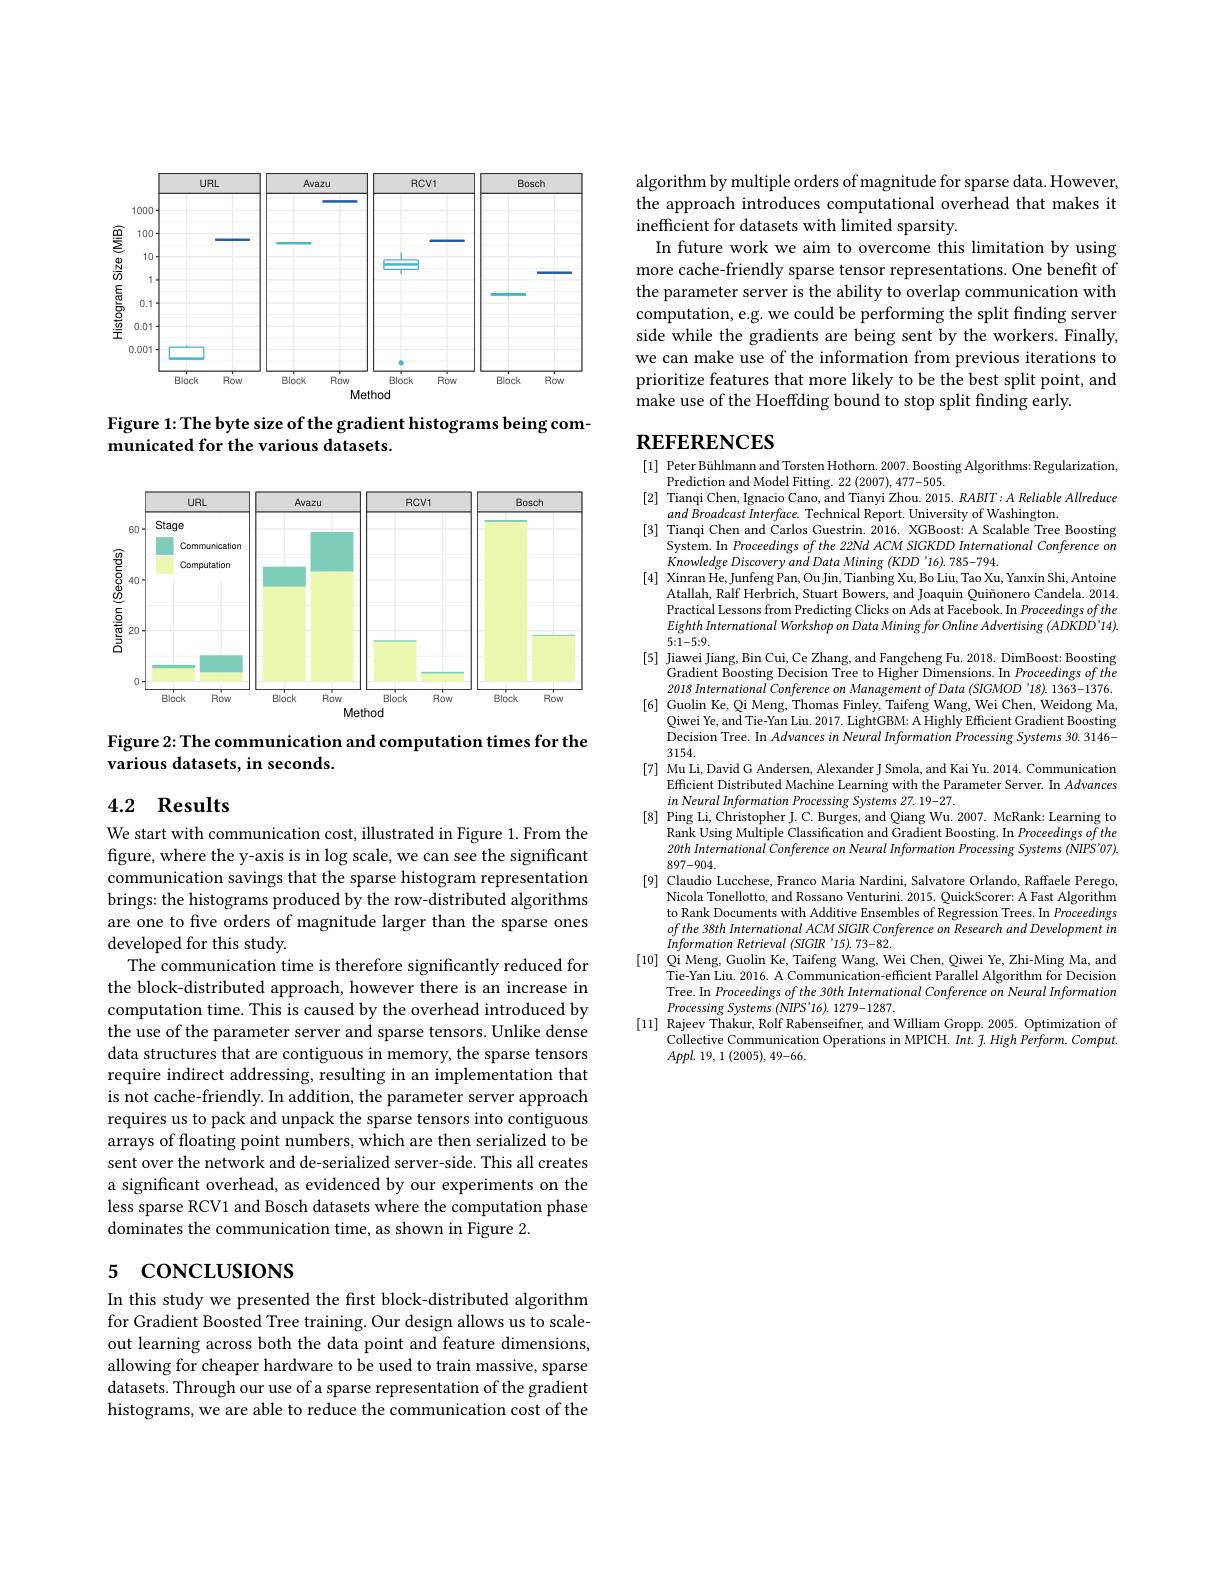
<FigureHere>

Figure 1: The byte size of the gradient histograms being com-
municated for the various datasets.

<FigureHere>

Figure 2: The communication and computation times for the
various datasets, in seconds.

# 4.2 Results

We start with communication cost, illustrated in Figure 1. From the figure, where the y-axis is in log scale, we can see the significant communication savings that the sparse histogram representation brings: the histograms produced by the row-distributed algorithms are one to five orders of magnitude larger than the sparse ones developed for this study.
The communication time is therefore significantly reduced for the block-distributed approach, however there is an increase in computation time. This is caused by the overhead introduced by the use of the parameter server and sparse tensors. Unlike dense data structures that are contiguous in memory, the sparse tensors require indirect addressing, resulting in an implementation that is not cache-friendly. In addition, the parameter server approach requires us to pack and unpack the sparse tensors into contiguous arrays of floating point numbers, which are then serialized to be sent over the network and de-serialized server-side. This all creates a significant overhead, as evidenced by our experiments on the less sparse RCV1 and Bosch datasets where the computation phase dominates the communication time, as shown in Figure 2.

# 5 concLUSIONS

In this study we presented the frst block-distributed algorithm for Gradient Boosted Tree training. Our design allows us to scaleout learning across both the data point and feature dimensions, allowing for cheaper hardware to be used to train massive, sparse datasets. Through our use of a sparse representation of the gradient histograms, we are able to reduce the communication cost of the

algorithm by multiple orders of magnitude for sparse data. However, the approach introduces computational overhead that makes it inefficient for datasets with limited sparsity.
In future work we aim to overcome this limitation by using more cache-friendly sparse tensor representations. One benefit of the parameter server is the ability to overlap communication with $\dot{\text{computation, e.g. we could be performing the split finding server}}$ side while the gradients are being sent by the workers. Finally, we can make use of the information from previous iterations to prioritize features that more likely to be the best split point, and make use of the Hoeffding bound to stop split finding early.

# REFERENCES

[1] Peter Bühlmann and Torsten Hothorn. 2007. Boosting Algorithms: Regularization,
Prediction and Model Fitting. 22 (2007), 477-505.
[2] Tianqi Chen, Ignacio Cano, and Tianyi Zhou. 2015. RABIT: A Reliable Allreduce
$and\textit{ Broadcast Interface. Technical Report. University of Washington. }$
[3] Tianqi Chen and Čarlos Guestrin. 2016. XGBoost: A Scalable Tree Boosting
System. In Proceedings of the 22Nd ACM SIGKDD International Conference on
Knowledge Discovery and Data Mining $(KDD^{\prime}16).785-794.$
[4] Xinran He, Junfeng Pan, Ou Jin, Tianbing Xu, Bo Liu, Tao Xu, Yanxin Shi, Antoine
Atallah, Ralf Herbrich, Stuart Bowers, and Joaquin Quiñonero Candela. 2014. Practical Lessons from Predicting Clicks on Ads at Facebook. In Proceedings of the EighthInternational Workshop on Data Mining for Online Advertising (ADKDD'14). 5{:}1-5{:}9.
[5] Jiawei Jiang, Bin Cui, Ce Zhang, and Fangcheng Fu. 2018. DimBoost: Boosting
Gradient Boosting Decision Tree to Higher Dimensions. In Proceedings of the 2018 International Conference on Management of Data (SIGMOD'18). 1363-1376.
[6] Guolin Ke, Qi Meng, Thomas Finley, Taifeng Wang, Wei Chen, Weidong Ma,
Qiwei Ye, an$\tilde{\mathrm{d} }$Tie- Yan Liu. 2017. LightGBM: A Highly Efficient Gradient Boosting Qiwei Ye, an$\tilde{\mathrm{d} }$Tie- Yan Liu. 2017. LightGBM: A Highly Efficient Gradient Boosting Pris Tris Tris Tis Tis Tis Tis Tis Tis Tis Decision Tree. In Advances in Neural Information Processing Systems 30. 3146- 3154.
[7] Mu Li, David G Andersen, Alexander J Smola, and Kai Yu. 2014. Communication
Efficient Distributed Machine Learning with the Parameter Server. In Advances
$in$ Neural Information Processing Systems 27. 19-27.
[8] Ping Li, Christopher J. C. Burges, and Qiang Wu. 2007. McRank: Learning to
Rank Using Multiple Classification and Gradient Boosting. In Proceedings of the $20th\textit{ International Conference on Neural Information Processing Systems ( NIPS' 07) . }$ 897-904.
[9] Claudio Lucchese, Franco Maria Nardini, Salvatore Orlando, Raffaele Perego,
Nicola Tonellotto, and Rossano Venturini. 2015. QuickScorer: A Fast Algorithm to Rank Documents with Additive Ensembles of Regression Trees. In Proceedings ofthe 38th International ACM SIGIR Conference on Research and Development in Information Retrieval (SIGIR'15).73-82.
[10] Qi Meng, Guolin Ke, Taifeng Wang, Wei Chen, Qiwei Ye, Zhi-Ming Ma, and
Tie-Yan Liu. 2016. A Communication-efficient Parallel Algorithm for Decision Tree. In Proceedings of the 30th International Conference on Neural Information $^{1}$School of Software, Beihang University, Beijing, ChinaProcessing Systems $( NIPS^{\prime }16) .$ 1279-1287.
[11] Rajeev Thakur, Rolf Rabenseifner, and William Gropp. 2005. Optimization of
Collective Communication Operations in MPICH. Int. $f.HighPerform.Comput.$
$Appl.$ 19, 1 (2005), 49-66.